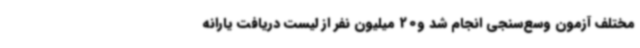
مختلف آزمون وسع‌سنجی انجام شد و20 میلیون نفر از لیست دریافت یارانه